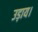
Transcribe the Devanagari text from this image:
उड़ाय।